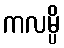
ကလမ္ပိ